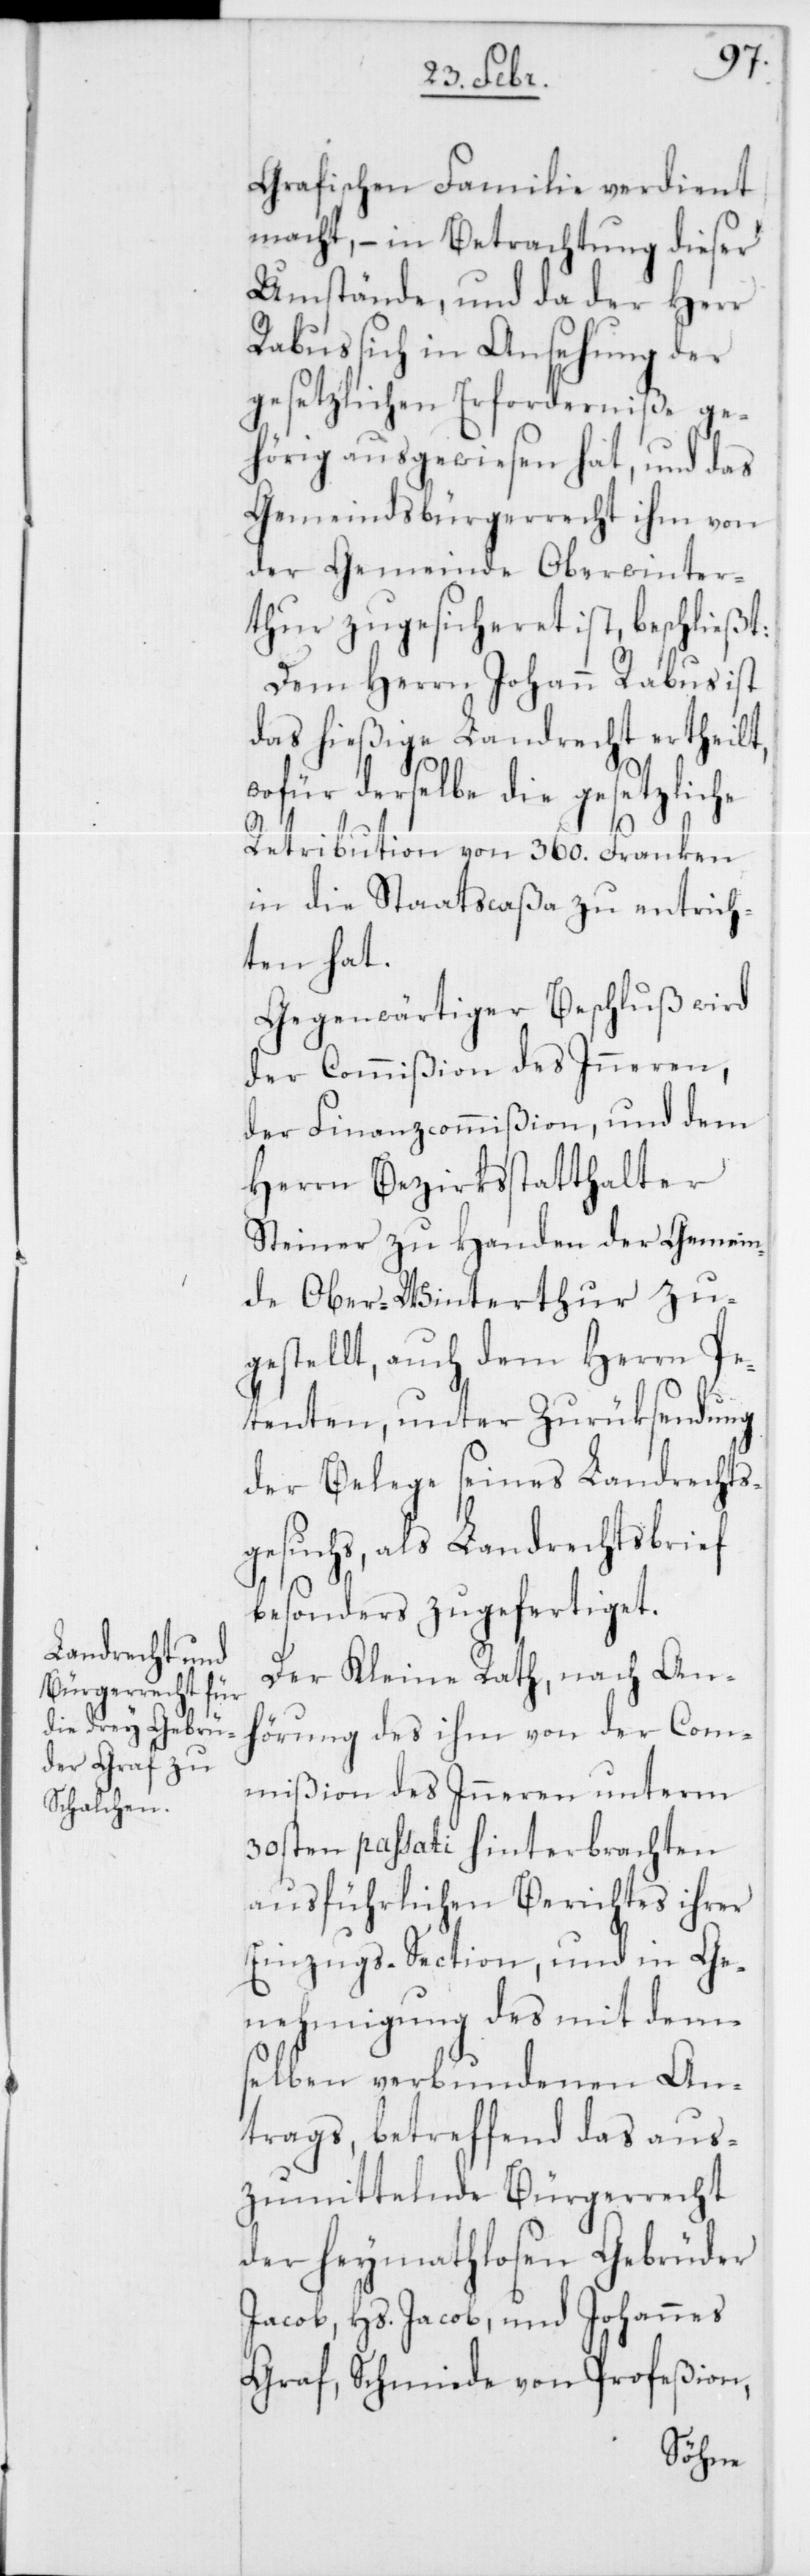
Grafischen Familie verdient
macht, – in Betrachtung dieser
Umstände, und da der Herr
Rabus sich in Ansehung der
gesetzlichen Erforderniße ge¬
hörig ausgewiesen hat, und das
Gemeindsbürgerrecht ihm von
der Gemeinde Oberwinter¬
thur zugesicheret ist, beschließt:
Dem Herrn Johann Rabus ist
das hießige Landrecht ertheilt,
wofür derselbe die gesetzliche
Retribution von 360. Franken
in die Staatscaßa zu entrich¬
ten hat.
Gegenwärtiger Beschluß wird
der Commißion des Inneren,
der Finanzcommißion, und dem
Herrn Bezirksstatthalter
Steiner zu Handen der Gemein¬
de Ober-Winterthur zu¬
gestellt, auch dem Herrn Pe¬
tenten, unter Zurüksendung
der Belege seines Landrechts¬
gesuchs, als Landrechtsbrief
besonders zugefertiget.
Der Kleine Rath, nach An¬
hörung des ihm von der Com¬
mißion des Inneren unterm
30sten passati hinterbrachten
ausführlichen Berichtes ihrer
Einzugs-Section, und in Ge¬
nehmigung des mit dem¬
selben verbundenen An¬
trags, betreffend das aus¬
zumittelnde Bürgerrecht
der heymathlosen Gebrüder
Jacob, Hs. Jacob, und Johannes
Graf, Schmiede von Profeßion,